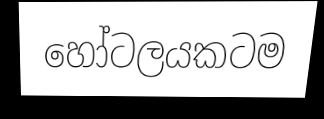
හෝටලයකටම